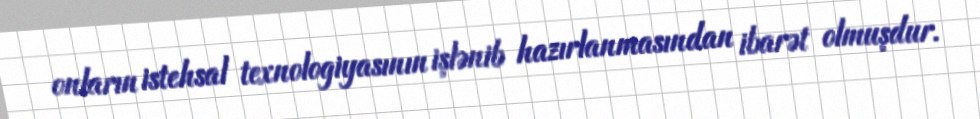
onların istehsal texnologiyasının işlənib hazırlanmasından ibarət olmuşdur.